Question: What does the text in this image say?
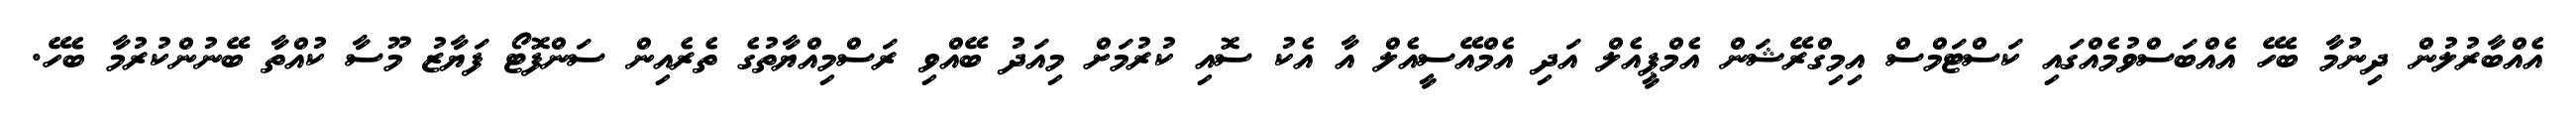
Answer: އެއްބާރުލުން ދިނުމާ ބެހޭ އެއްބަސްވުމެއްގައި ކަސްޓަމްސް އިމިގްރޭޝަން އެމްޕީއެލް އަދި އެމްއޭސީއެލް އާ އެކު ސޮއި ކުރުމަށް މިއަދު ބޭއްވި ރަސްމިއްޔާތުގެ ތެރެއިން ސަންފޮޓޯ ފަޔާޒު މޫސާ ކުއްތާ ބޭނުންކުރުމާ ބެހޭ.